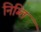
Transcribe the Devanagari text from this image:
निम्ति